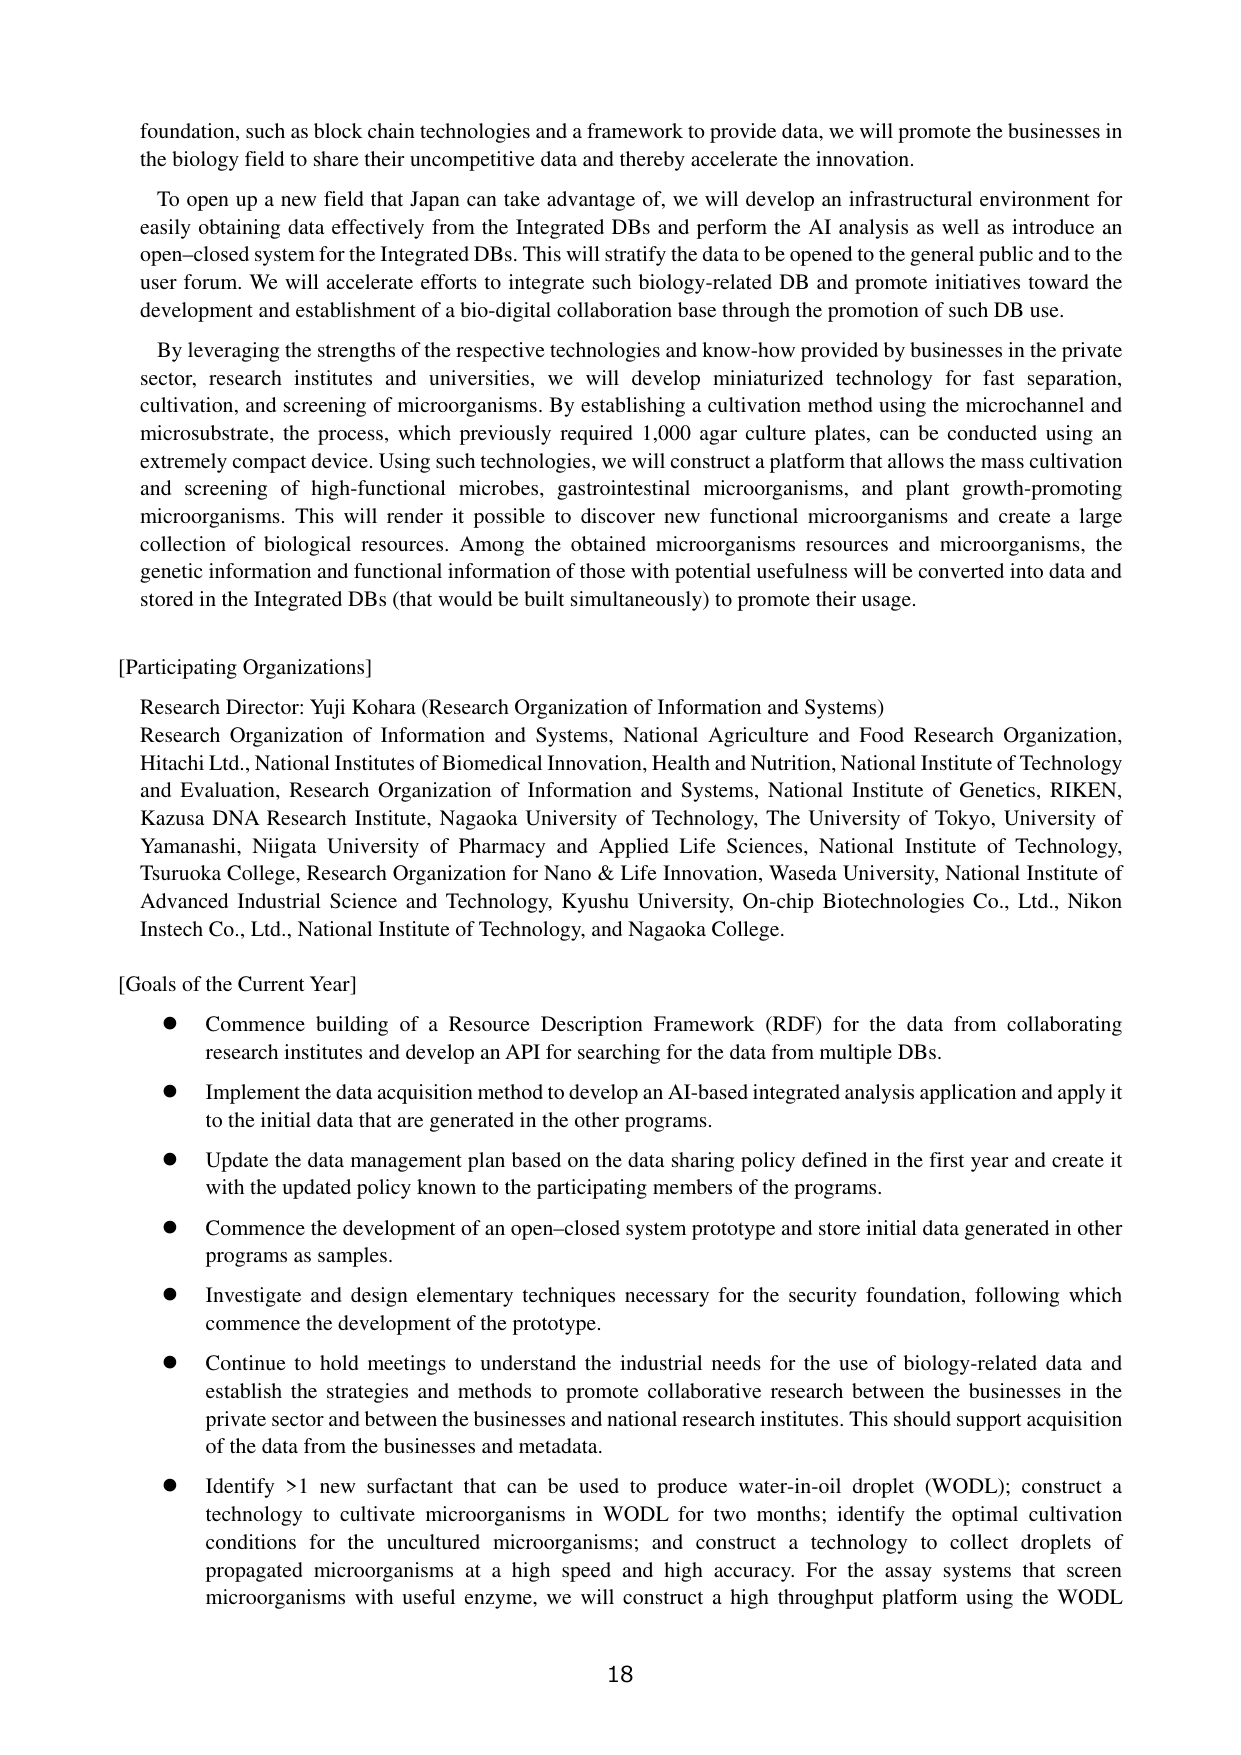
foundation, such as block chain technologies and a framework to provide data, we will promote the businesses in the biology field to share their uncompetitive data and thereby accelerate the innovation.

To open up a new field that Japan can take advantage of, we will develop an infrastructural environment for easily obtaining data effectively from the Integrated DBs and perform the AI analysis as well as introduce an open-closed system for the Integrated DBs. This will stratify the data to be opened to the general public and to the user forum. We will accelerate efforts to integrate such biology-related DB and promote initiatives toward the development and establishment of a bio-digital collaboration base through the promotion of such DB use.

By leveraging the strengths of the respective technologies and know-how provided by businesses in the private sector, research institutes and universities, we will develop miniaturized technology for fast separation, cultivation, and screening of microorganisms. By establishing a cultivation method using the microchannel and microsubstrate, the process, which previously required 1,000 agar culture plates, can be conducted using an extremely compact device. Using such technologies, we will construct a platform that allows the mass cultivation and screening of high-functional microbes, gastrointestinal microorganisms, and plant growth-promoting microorganisms. This will render it possible to discover new functional microorganisms and create a large collection of biological resources. Among the obtained microorganisms resources and microorganisms, the genetic information and functional information of those with potential usefulness will be converted into data and stored in the Integrated DBs (that would be built simultaneously) to promote their usage.

[Participating Organizations]
Research Director: Yuji Kohara (Research Organization of Information and Systems)
Research Organization of Information and Systems, National Agriculture and Food Research Organization, Hitachi Ltd., National Institutes of Biomedical Innovation, Health and Nutrition, National Institute of Technology and Evaluation, Research Organization of Information and Systems, National Institute of Genetics, RIKEN, Kazusa DNA Research Institute, Nagaoka University of Technology, The University of Tokyo, University of Yamanashi, Niigata University of Pharmacy and Applied Life Sciences, National Institute of Technology, Tsuruoka College, Research Organization for Nano & Life Innovation, Waseda University, National Institute of Advanced Industrial Science and Technology, Kyushu University, On-chip Biotechnologies Co., Ltd., Nikon Instech Co., Ltd., National Institute of Technology, and Nagaoka College.

[Goals of the Current Year]
● Commence building of a Resource Description Framework (RDF) for the data from collaborating research institutes and develop an API for searching for the data from multiple DBs.
● Implement the data acquisition method to develop an AI-based integrated analysis application and apply it to the initial data that are generated in the other programs.
● Update the data management plan based on the data sharing policy defined in the first year and create it with the updated policy known to the participating members of the programs.
● Commence the development of an open-closed system prototype and store initial data generated in other programs as samples.
● Investigate and design elementary techniques necessary for the security foundation, following which commence the development of the prototype.
● Continue to hold meetings to understand the industrial needs for the use of biology-related data and establish the strategies and methods to promote collaborative research between the businesses in the private sector and between the businesses and national research institutes. This should support acquisition of the data from the businesses and metadata.
● Identify >1 new surfactant that can be used to produce water-in-oil droplet (WODL); construct a technology to cultivate microorganisms in WODL for two months; identify the optimal cultivation conditions for the uncultured microorganisms; and construct a technology to collect droplets of propagated microorganisms at a high speed and high accuracy. For the assay systems that screen microorganisms with useful enzyme, we will construct a high throughput platform using the WODL

18